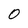
Character: 0